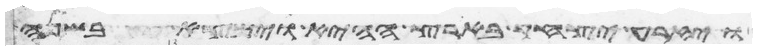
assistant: ויזרע יצחק בארץ ההיא וימצא בשנה